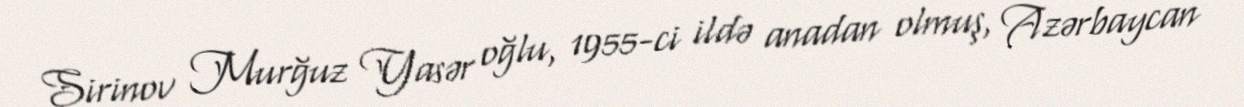
Şirinov Murğuz Yasər oğlu, 1955-ci ildə anadan olmuş, Azərbaycan